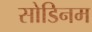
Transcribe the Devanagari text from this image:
सोडिनम